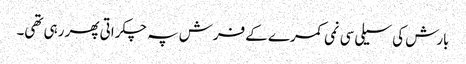
بارش کی سیلی سی نمی کمرے کے فرش پہ چکراتی پھر رہی تھی۔